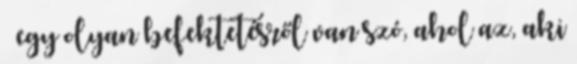
– egy olyan befektetésről van szó, ahol az, aki